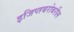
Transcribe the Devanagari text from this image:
इजिप्तबरोबरील